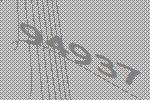
94937